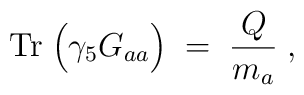
\mbox{Tr} \; \Big( \gamma_5 G_{aa} \Big) \; = \; \frac{Q}{m_a} \; ,